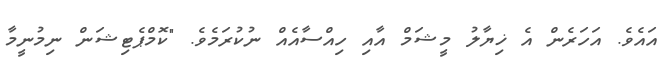
އައެވެ. އަހަރެން އެ ޚިޔާލު މީޝަމް އާއި ހިއްސާއެއް ނުކުރަމެވެ. "ކޮމްޕެޓިޝަން ނިމުނީމާ